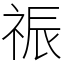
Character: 祳